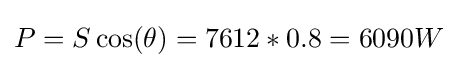
P=S\cos(\theta )=7612*0.8=6090W